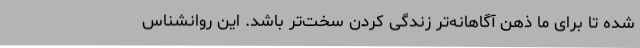
شده تا برای ما ذهن آگاهانه‌تر زندگی کردن سخت‌تر باشد. این روانشناس